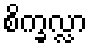
စိက္ခလ္လာ